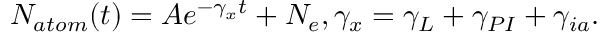
N _ { a t o m } ( t ) = A e ^ { - \gamma _ { x } t } + N _ { e } , \gamma _ { x } = \gamma _ { L } + \gamma _ { P I } + \gamma _ { i a } .